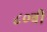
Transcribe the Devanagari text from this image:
८०वीं